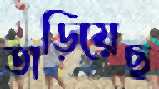
তাড়িয়েছ